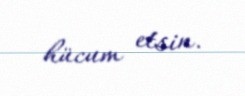
hücum etsin.